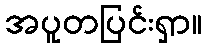
အပူတပြင်းရှာ။